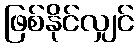
ဖြစ်နိုင်လျှင်